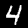
Label: 4